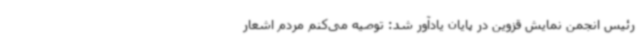
رئیس انجمن نمایش قزوین در پایان یادآور شد: توصیه می‌کنم مردم اشعار